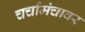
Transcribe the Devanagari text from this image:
चर्चामंचावर